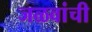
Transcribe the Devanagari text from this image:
जळवांची